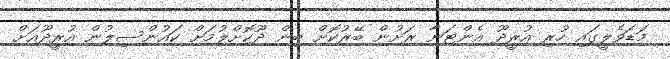
މަޑަވެލީގައި ހުރި އުރީދޫ އެންޓަނާ ރަށުން ބޭރުކޮށް ބިން ދޫކޮށްލުމަށް ކައުންސިލުން އުރީދޫއަށް